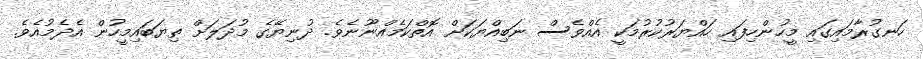
ހަނގުރާމައިގައި މީހުންހިފައި ހައްޔަރުކުރުމަކީ އެއްވެސް ނަބިއްޔަކަށް އޮތްކަމެއްނޫނެވެ. ދުނިޔޭގެ މުދަލަށް ތިޔަބައިމީހުން އެދެމުއެވެ.